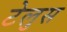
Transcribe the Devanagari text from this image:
टेलुस